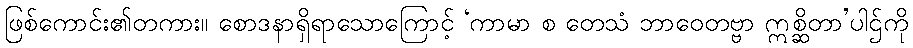
ဖြစ်ကောင်း၏တကား။ စောဒနာရှိရာသောကြောင့် ‘ကာမာ စ တေသံ ဘာဝေတဗ္ဗာ ဣစ္ဆိတာ’ပါဌ်ကို